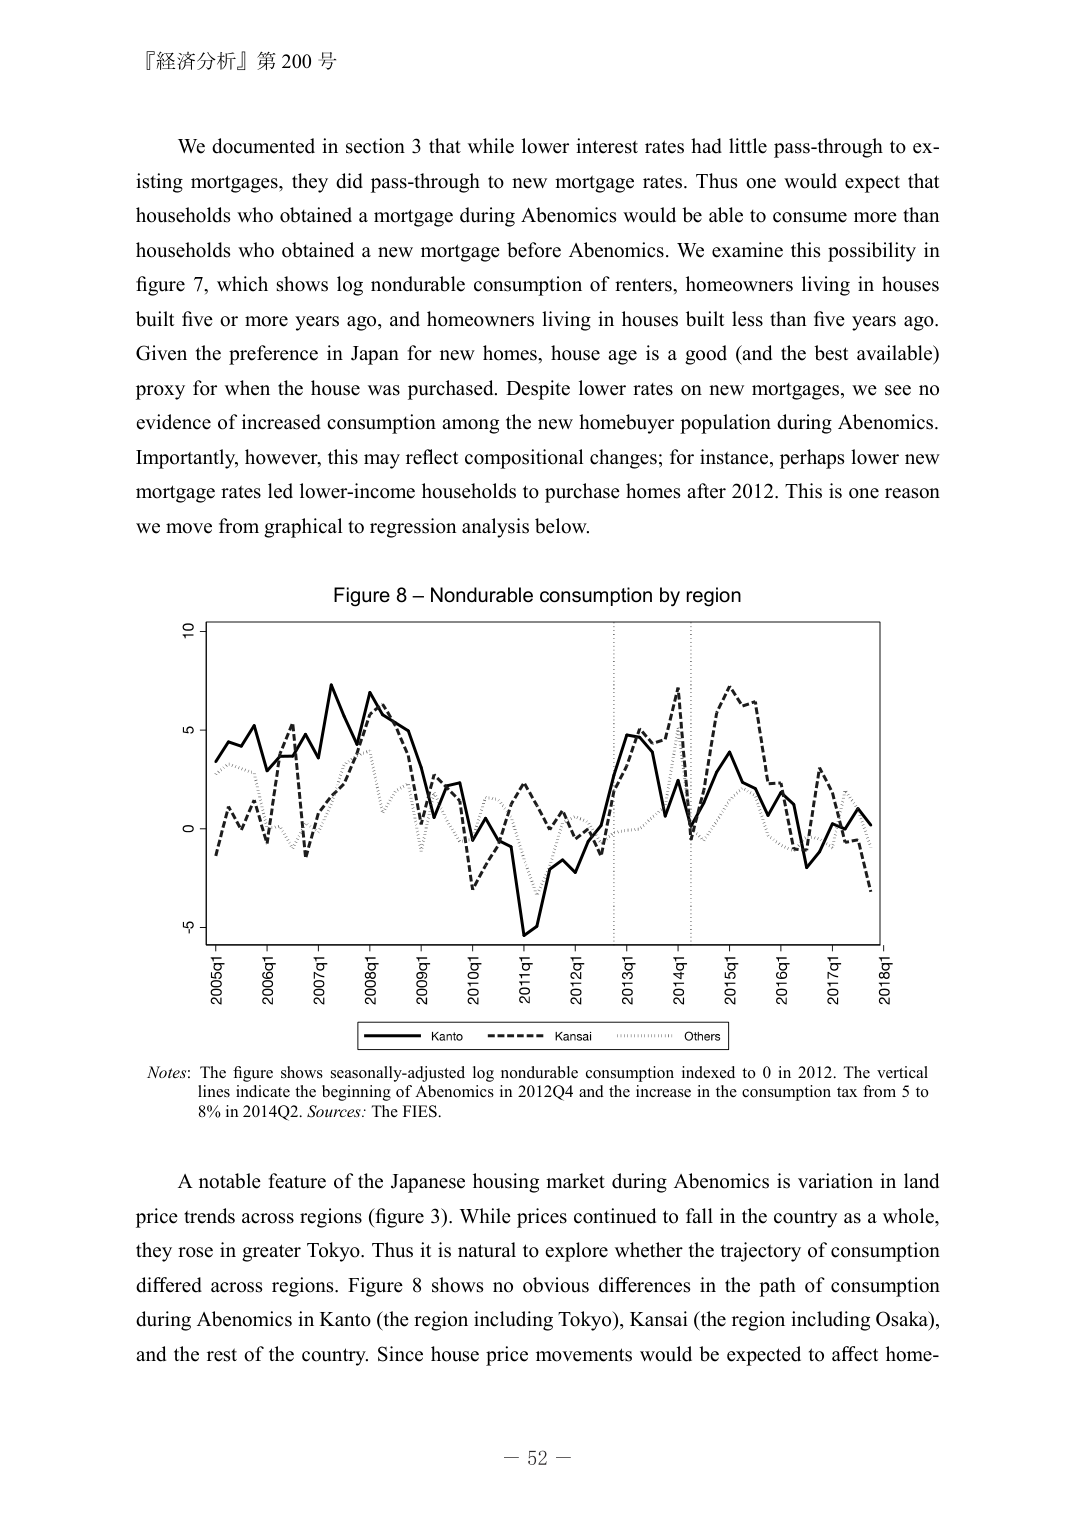
『経済分析』第 200 号

We documented in section 3 that while lower interest rates had little pass-through to existing mortgages, they did pass-through to new mortgage rates. Thus one would expect that households who obtained a mortgage during Abenomics would be able to consume more than households who obtained a new mortgage before Abenomics. We examine this possibility in figure 7, which shows log nondurable consumption of renters, homeowners living in houses built five or more years ago, and homeowners living in houses built less than five years ago. Given the preference in Japan for new homes, house age is a good (and the best available) proxy for when the house was purchased. Despite lower rates on new mortgages, we see no evidence of increased consumption among the new homebuyer population during Abenomics. Importantly, however, this may reflect compositional changes; for instance, perhaps lower new mortgage rates led lower-income households to purchase homes after 2012. This is one reason we move from graphical to regression analysis below.

Figure 8 – Nondurable consumption by region

Notes: The figure shows seasonally-adjusted log nondurable consumption indexed to 0 in 2012. The vertical lines indicate the beginning of Abenomics in 2012Q4 and the increase in the consumption tax from 5 to 8% in 2014Q2. Sources: The FIES.

A notable feature of the Japanese housing market during Abenomics is variation in land price trends across regions (figure 3). While prices continued to fall in the country as a whole, they rose in greater Tokyo. Thus it is natural to explore whether the trajectory of consumption differed across regions. Figure 8 shows no obvious differences in the path of consumption during Abenomics in Kanto (the region including Tokyo), Kansai (the region including Osaka), and the rest of the country. Since house price movements would be expected to affect home-

－ 52 －